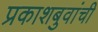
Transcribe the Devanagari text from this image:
प्रकाशबुवांची